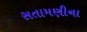
સતામણીના